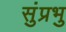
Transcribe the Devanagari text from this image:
सुंप्रभु